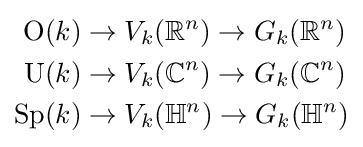
{\begin{aligned}\mathrm {O} (k)&\to V_{k}(\mathbb {R} ^{n})\to G_{k}(\mathbb {R} ^{n})\\\mathrm {U} (k)&\to V_{k}(\mathbb {C} ^{n})\to G_{k}(\mathbb {C} ^{n})\\\mathrm {Sp} (k)&\to V_{k}(\mathbb {H} ^{n})\to G_{k}(\mathbb {H} ^{n})\end{aligned}}